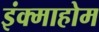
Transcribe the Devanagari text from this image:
इंक्माहोम